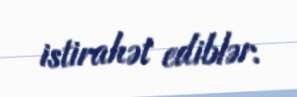
istirahət ediblər.